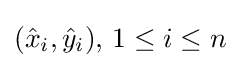
({\hat {x}}_{i},{\hat {y}}_{i}),\,1\leq i\leq n